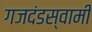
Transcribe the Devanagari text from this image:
गजदंडस्वामी